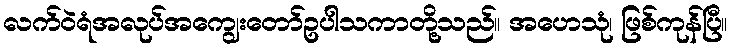
လက်ဝဲရံအလုပ်အကျွေးတော်ဥပါသကာတို့သည်။ အဟေသုံ၊ ဖြစ်ကုန်ပြီ။